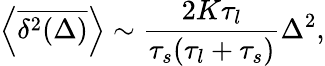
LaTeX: \left<\overline{{\delta^{2}(\Delta)}}\right>\sim\frac{2K\tau_{l}}{\tau_{s}(\tau_{l}+\tau_{s})}\Delta^{2},